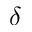
\delta